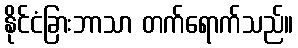
နိုင်ငံခြားဘာသာ တက်ရောက်သည်။